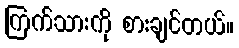
ကြက်သားကို စားချင်တယ်။